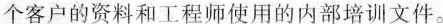
个客户的资料和工程师使用的内部培训文件。